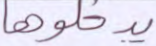
يدخلوها